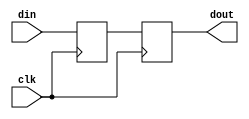
`timescale 1ns / 1ps
//////////////////////////////////////////////////////////////////////////////////
// Company: 
// Engineer: 
// 
// Design Name: 
// Module Name: fifo
// Project Name: 
// Target Devices: 
// Tool Versions: 
// Description: 
// 
// Dependencies: 
// 
// Revision:
// Revision 0.01 - File Created
// Additional Comments:
// 
//////////////////////////////////////////////////////////////////////////////////


module fifo(
    input [15:0] din,
    input clk,
    output reg [15:0] dout
    );
    reg [15:0] next_state;
    always @(posedge clk)
    begin
        next_state <= din;
        dout <= next_state;
    end
    
endmodule